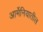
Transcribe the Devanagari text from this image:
आर्मेनियातील